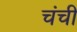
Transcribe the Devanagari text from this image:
चंची